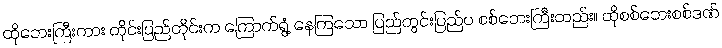
ထိုဘေးကြီးကား တိုင်းပြည်တိုင်းက ကြောက်ရွံ့ နေကြသော ပြည်တွင်းပြည်ပ စစ်ဘေးကြီးတည်း။ ထိုစစ်ဘေးစစ်ဒဏ်